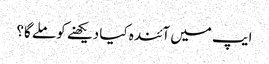
ایپ میں آئندہ کیا دیکھنے کو ملے گا؟